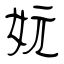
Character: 妧